331_120752_Numeric_Files_1944–1945_37153_German_Armament_Equipment_Documents
Agency: Department of War
Incident date: 3/18/45
Incident location: Germany
Page 12
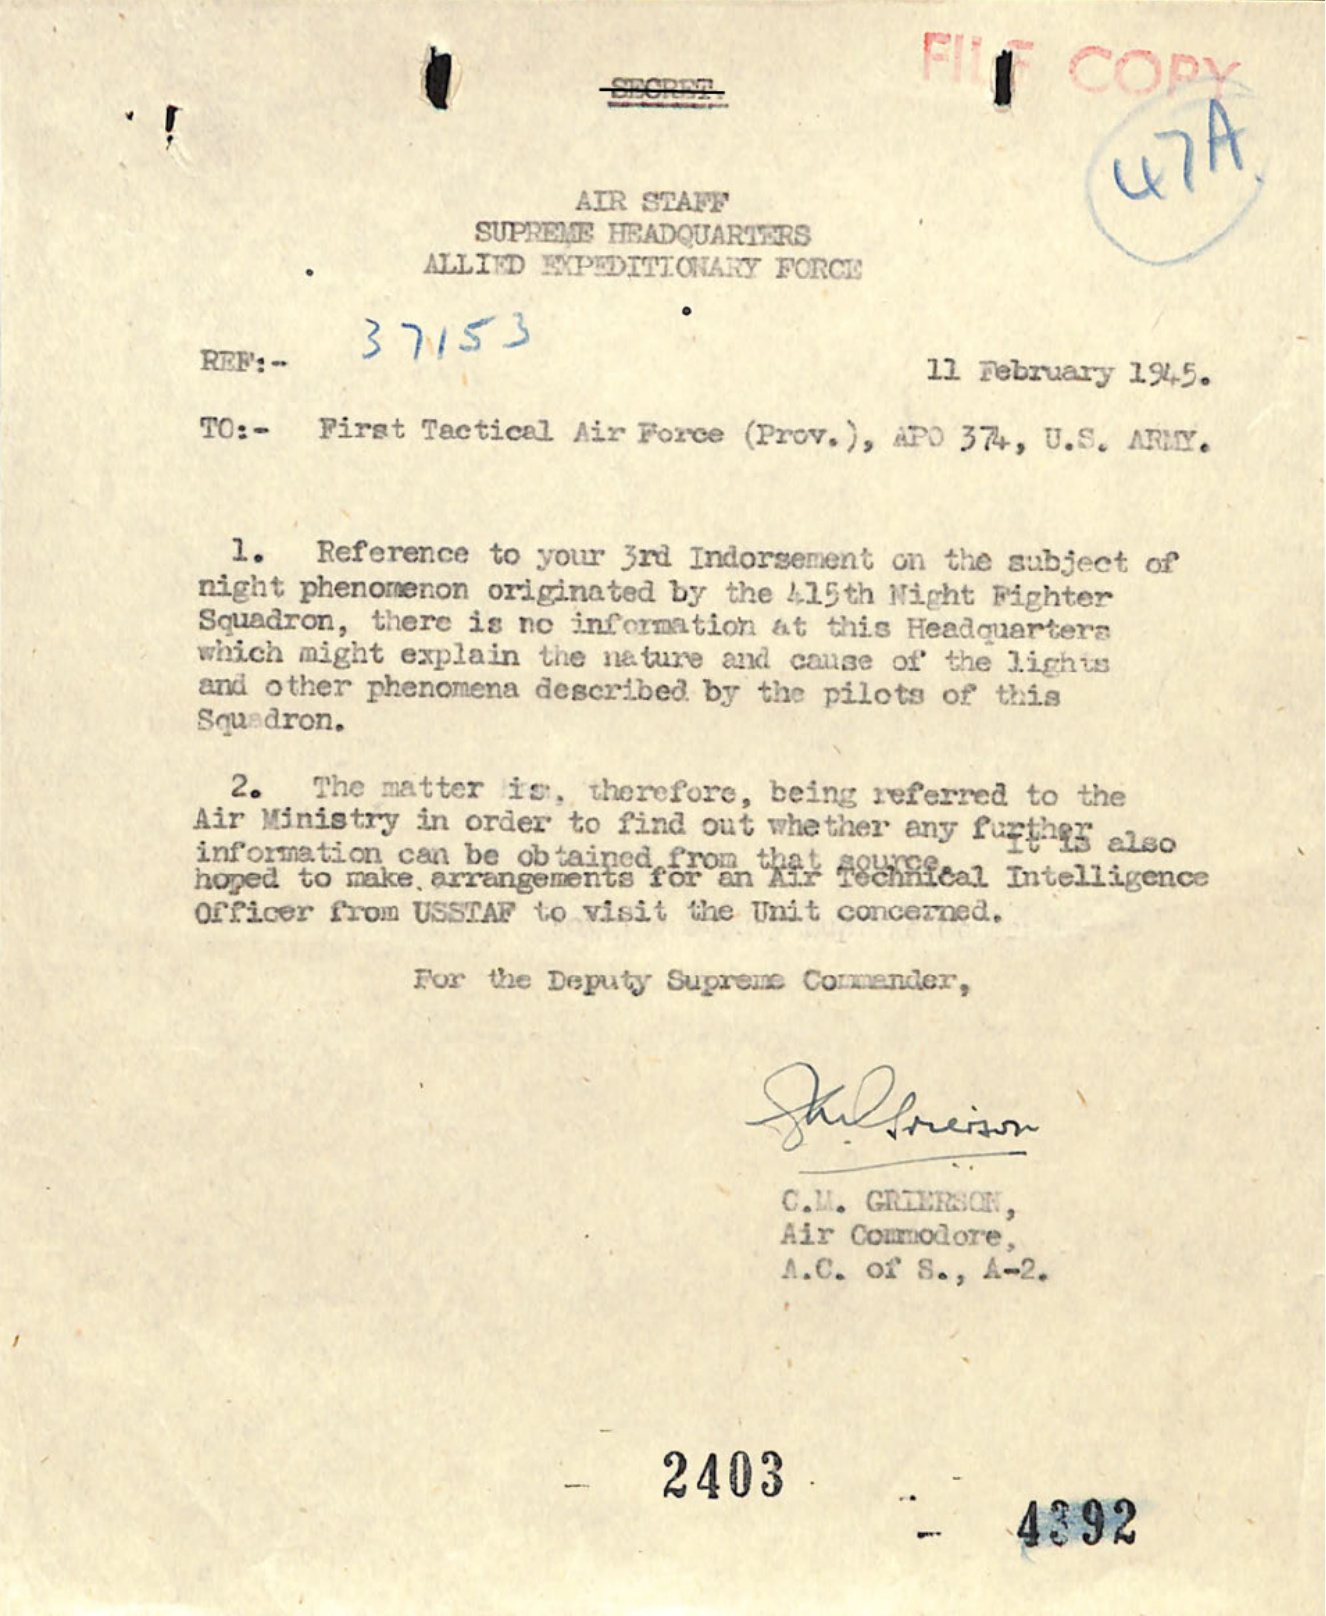